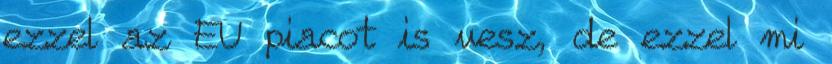
ezzel az EU piacot is vesz, de ezzel mi